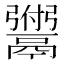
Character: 𫙆